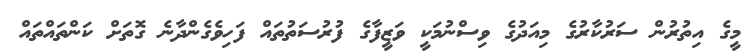
މީގެ އިތުރުން ސަރުކާރުގެ މިއަދުގެ ވިސްނުމަކީ ވަޒީފާގެ ފުރުސަތުތައް ފަހިވެގެންދާނެ ގޮތަށް ކަންތައްތައް